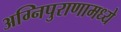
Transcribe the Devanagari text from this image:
अग्निपुराणामध्ये